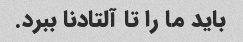
باید ما را تا آلتادنا ببرد.